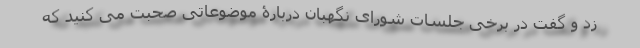
زد و گفت در برخی جلسات شورای نگهبان دربارۀ موضوعاتی صحبت می کنید که